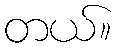
တယ်။